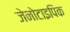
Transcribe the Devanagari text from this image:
जेनोटाइपिक